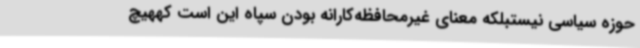
حوزه سیاسی نیستبلکه معنای غیرمحافظه‌کارانه بودن سپاه این است کههیچ